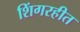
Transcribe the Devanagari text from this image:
शिंगरहीत